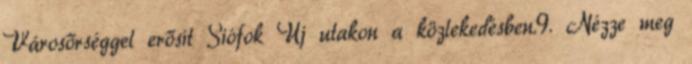
Városőrséggel erősít Siófok Új utakon a közlekedésben.9. Nézze meg